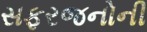
સફરજનોની